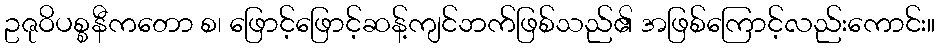
ဥဇုဝိပစ္စနီကတော စ၊ ဖြောင့်ဖြောင့်ဆန့်ကျင်ဘက်ဖြစ်သည်၏ အဖြစ်ကြောင့်လည်းကောင်း။